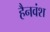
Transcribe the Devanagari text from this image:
हैनवंश